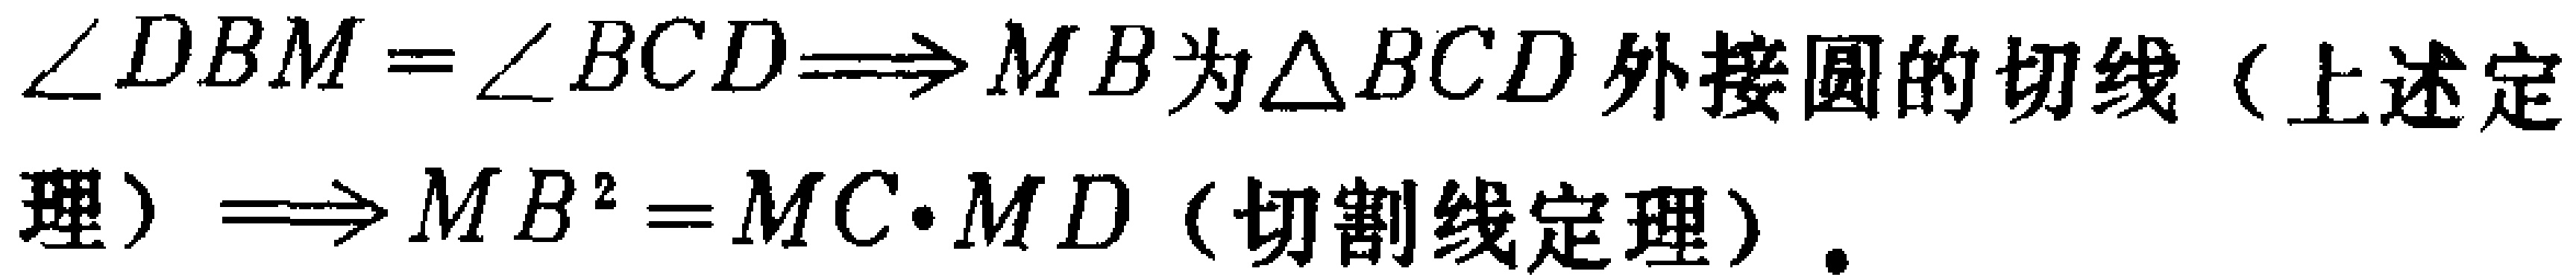
$\angle DBM=\angle BCD\Longrightarrow MB\text{为}\triangle BCD\text{外接圆的切线（上述定}\\ \text{理）}\Longrightarrow MB^{2}=MC\cdot MD\text{（切割线定理）}.$